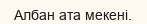
Албан ата мекені.